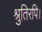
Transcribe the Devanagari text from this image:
श्रुतिरपि।